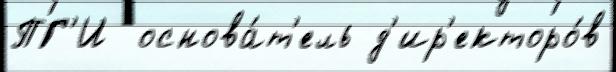
ПГ'И  основа́т'ель д'ир'екторо́в